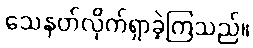
သေနတ်လိုက်ရှာခဲ့ကြသည်။